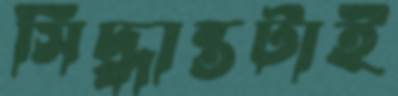
সিদ্ধান্তটাই